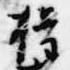
権